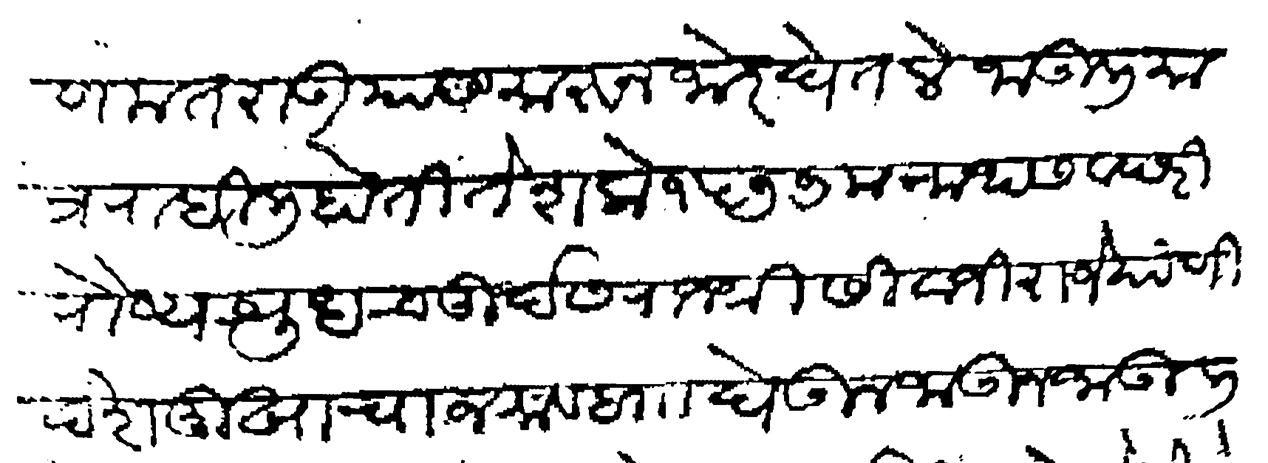
Transliteration (Devanagari): हणमंतराऊ यास मारून जोर घेतले जाऊली मात्र राहिली होती ते शके १५७७ मन्मथ सवछरी पौष्य शुध चतुर्दस राजश्री सिवाजी राजे यांणी देशमुखाचा जमाव बाा घेऊन जाऊन जाऊली